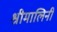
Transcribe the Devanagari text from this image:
श्रीमालिनी